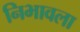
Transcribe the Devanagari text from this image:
निभावला